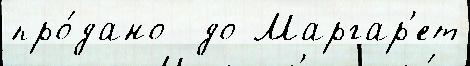
про́дано  до Маргар'ет